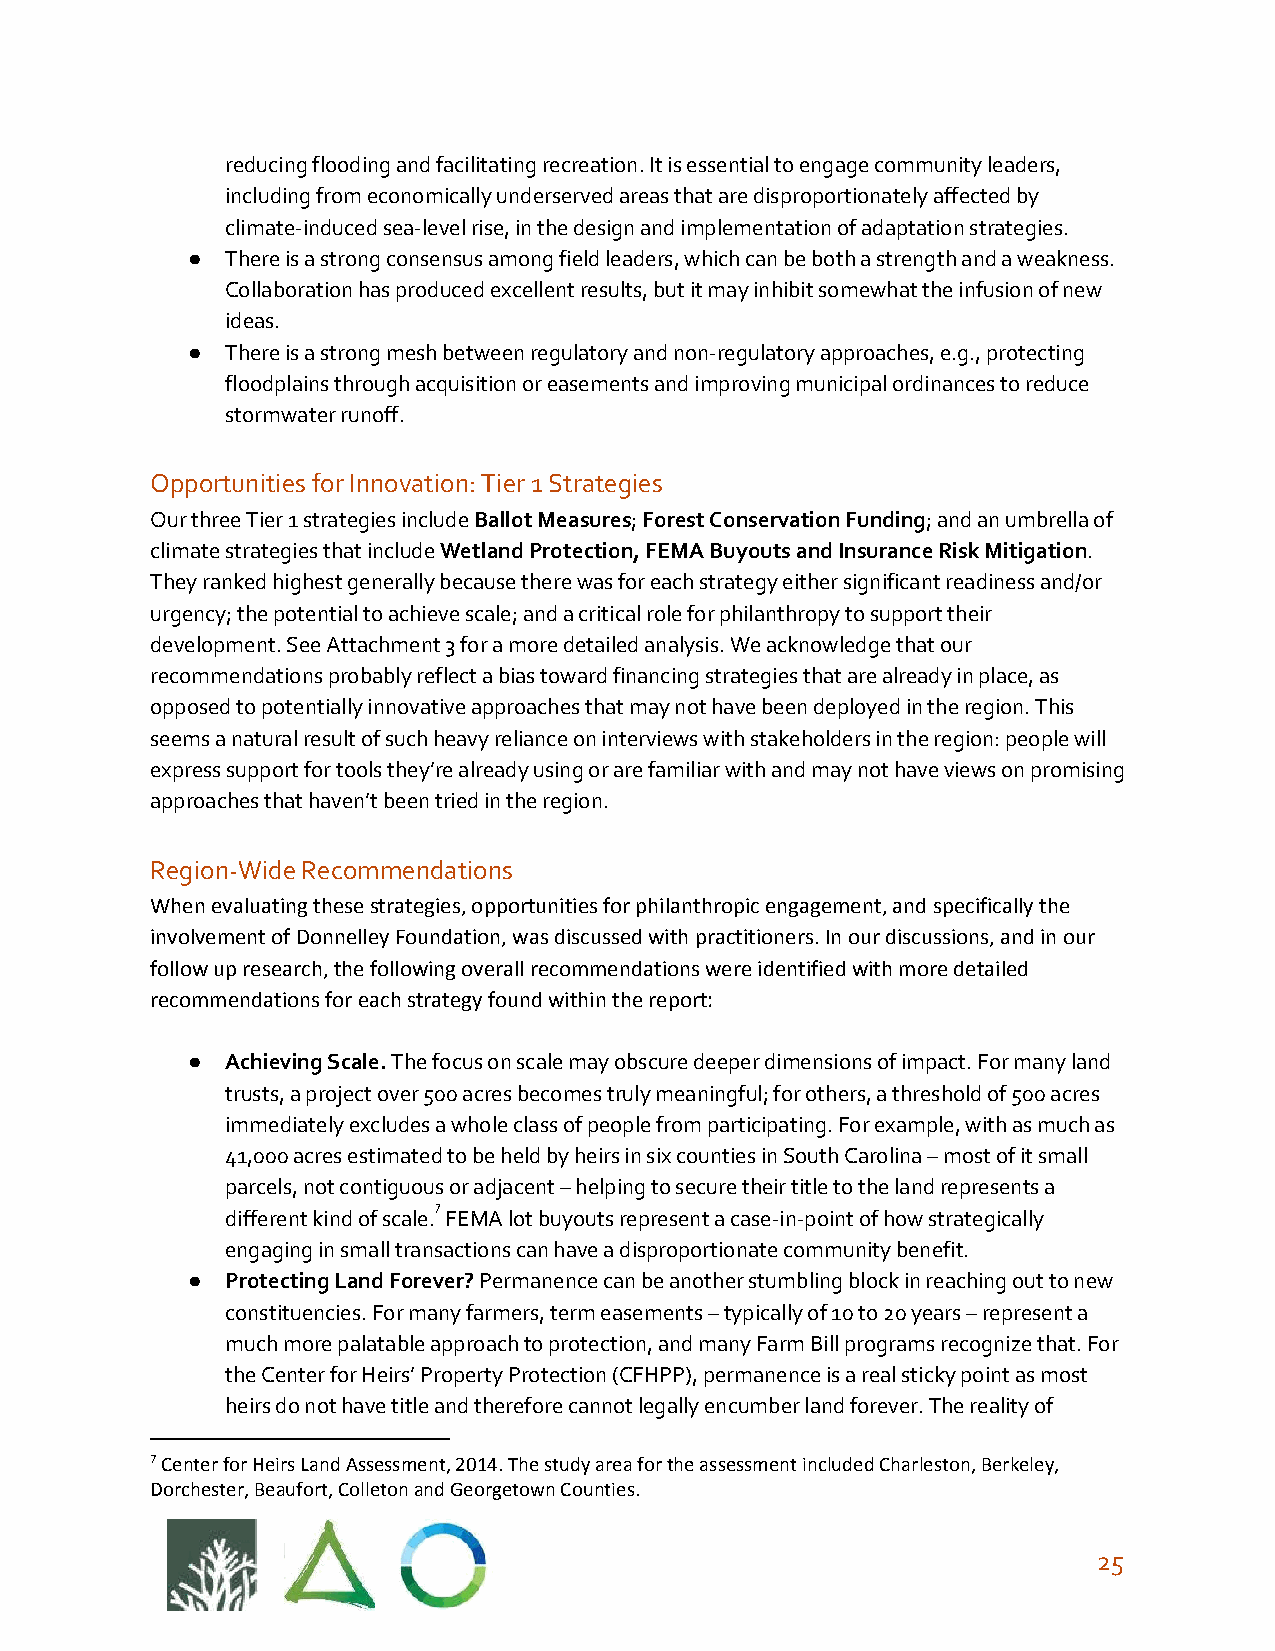
reducing flooding and facilitating recreation. It is essential to engage community leaders,
 including from economically underserved areas that are disproportionately affected by
 climate-induced sea-level rise, in the design and implementation of adaptation strategies.
 ●  There is a strong consensus among field leaders, which can be both a strength and a weakness.
 Collaboration has produced excellent results, but it may inhibit somewhat the infusion of new
 ideas.
 ●  There is a strong mesh between regulatory and non-regulatory approaches, e.g., protecting
 floodplains through acquisition or easements and improving municipal ordinances to reduce
 stormwater runoff.
 Opportunities for Innovation: Tier 1 Strategies
 Our three Tier 1 strategies include Ballot Measures; Forest Conservation Funding; and an umbrella of
 ​          ​ ​                ​
 climate strategies that include Wetland Protection, FEMA Buyouts and Insurance Risk Mitigation.
 ​                                          ​
 They ranked highest generally because there was for each strategy either significant readiness and/or
 urgency; the potential to achieve scale; and a critical role for philanthropy to support their
 development. See Attachment 3 for a more detailed analysis. We acknowledge that our
 recommendations probably reflect a bias toward financing strategies that are already in place, as
 opposed to potentially innovative approaches that may not have been deployed in the region. This
 seems a natural result of such heavy reliance on interviews with stakeholders in the region: people will
 express support for tools they’re already using or are familiar with and may not have views on promising
 approaches that haven’t been tried in the region.
 Region-Wide Recommendations
 When evaluating these strategies, opportunities for philanthropic engagement, and specifically the
 involvement of Donnelley Foundation, was discussed with practitioners. In our discussions, and in our
 follow up research, the following overall recommendations were identified with more detailed
 recommendations for each strategy found within the report:
 ●  Achieving Scale. The focus on scale may obscure deeper dimensions of impact. For many land
 ​
 trusts, a project over 500 acres becomes truly meaningful; for others, a threshold of 500 acres
 immediately excludes a whole class of people from participating. For example, with as much as
 41,000 acres estimated to be held by heirs in six counties in South Carolina – most of it small
 parcels, not contiguous or adjacent – helping to secure their title to the land represents a
 7
 different kind of scale. FEMA lot buyouts represent a case-in-point of how strategically
 engaging in small transactions can have a disproportionate community benefit.
 ●  Protecting Land Forever? Permanence can be another stumbling block in reaching out to new
 ​
 constituencies. For many farmers, term easements – typically of 10 to 20 years – represent a
 much more palatable approach to protection, and many Farm Bill programs recognize that. For
 the Center for Heirs’ Property Protection (CFHPP), permanence is a real sticky point as most
 heirs do not have title and therefore cannot legally encumber land forever. The reality of
 7 Center for Heirs Land Assessment, 2014. The study area for the assessment included Charleston, Berkeley,
 Dorchester, Beaufort, Colleton and Georgetown Counties.
 25